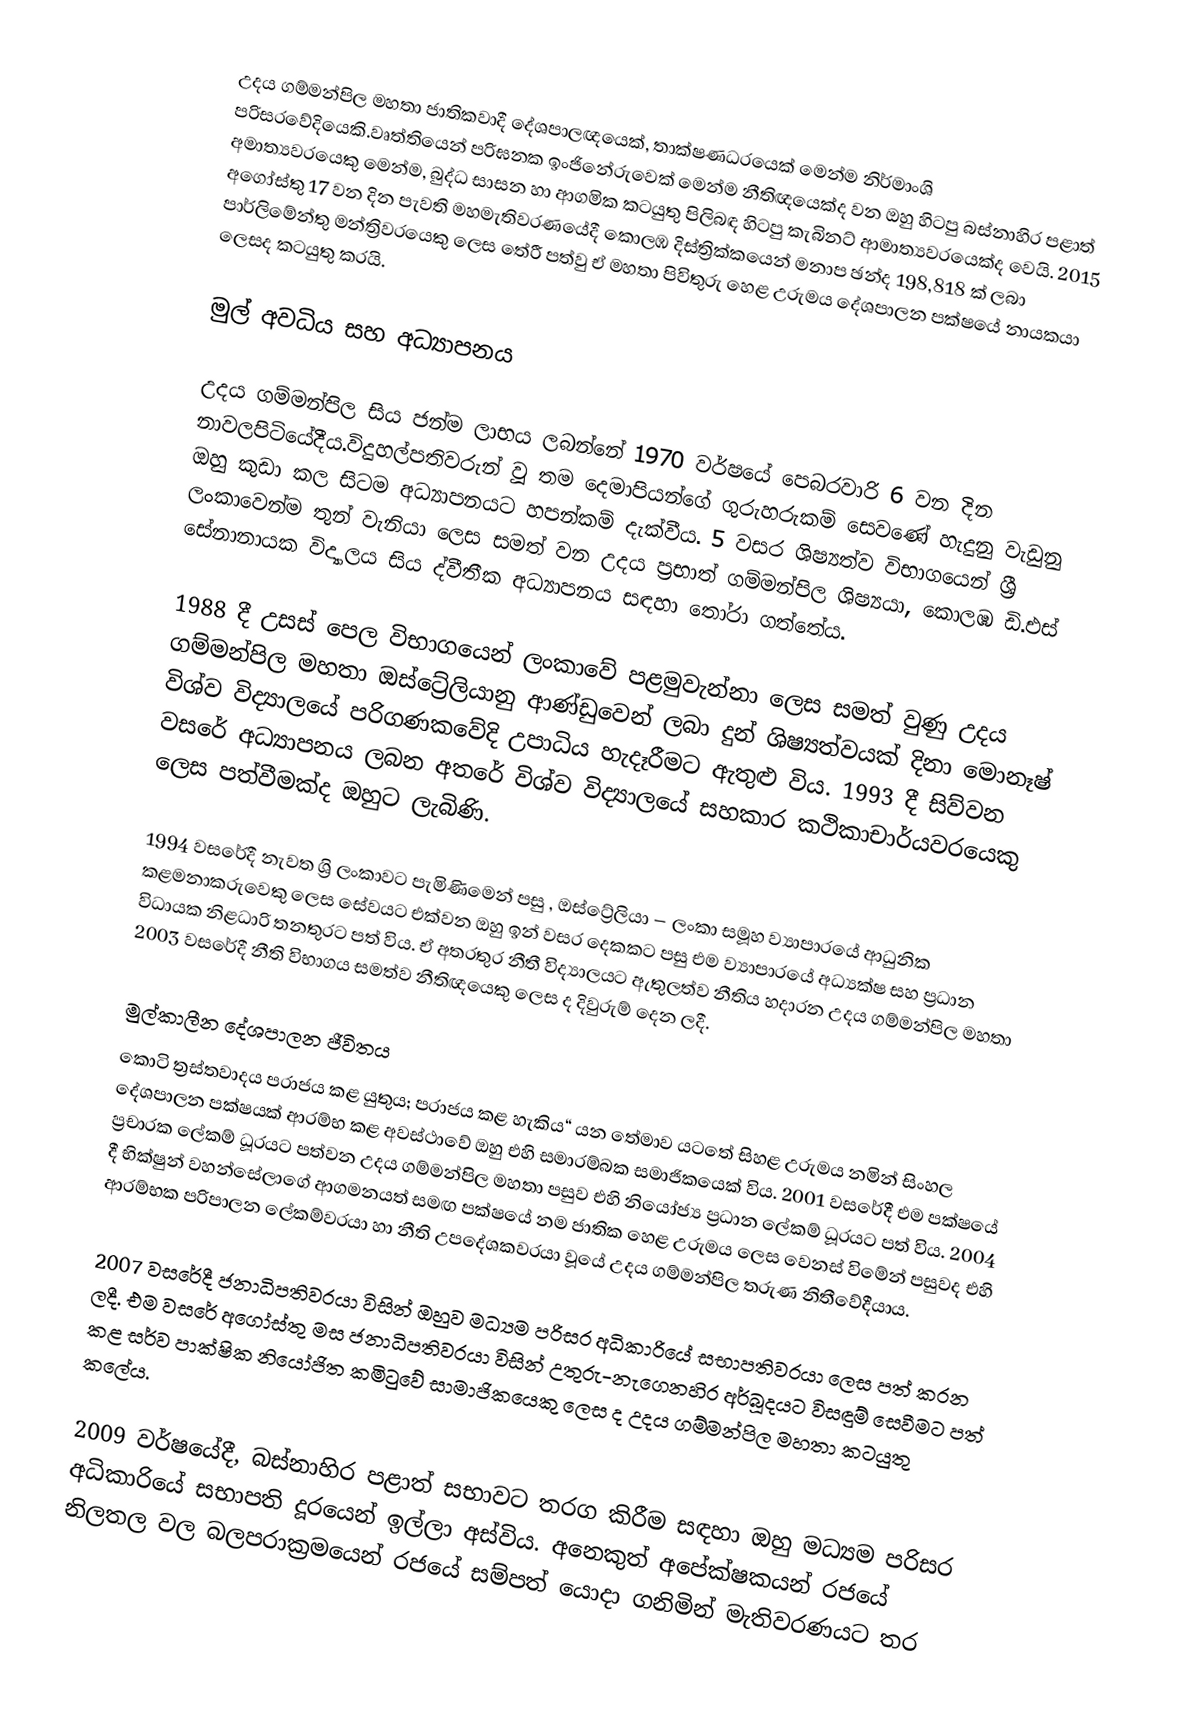
උදය ගම්මන්පිල මහතා ජාතිකවාදී දේශපාලඥයෙක්, තාක්ෂණධරයෙක් මෙන්ම නිර්මාංශි පරිසරවේදියෙකි.වෘත්තියෙන් පරිඝනක ඉංජිනේරුවෙක් මෙන්ම නීතිඥයෙක්ද වන ඔහු හිටපු බස්නාහිර පළාත් අමාත්‍යවරයෙකු මෙන්ම, බුද්ධ සාසන හා ආගමික කටයුතු පිලිබඳ හිටපු කැබිනට් ආමාත්‍යවරයෙක්ද වෙයි. 2015 අගෝස්තු 17 වන දින පැවති මහමැතිවරණයේදී කොලඹ දිස්ත්‍රික්කයෙන් මනාප ඡන්ද 198,818 ක් ලබා පාර්ලිමේන්තු මන්ත්‍රිවරයෙකු ලෙස තේරී පත්වු ඒ මහතා පිවිතුරු හෙළ උරුමය දේශපාලන පක්ෂයේ නායකයා ලෙසද කටයුතු කරයි.

මුල් අවධිය සහ අධ්‍යාපනය

උදය ගම්මන්පිල සිය ජන්ම ලාභය ලබන්නේ 1970 වර්ෂයේ පෙබරවාරි 6 වන දින නාවලපිටියේදීය.විදුහල්පතිවරුන් වූ තම දෙමාපියන්ගේ ගුරුහරුකම් සෙවණේ හැදුනු වැඩුනු ඔහු කුඩා කල සිටම අධ්‍යාපනයට හපන්කම් දැක්වීය. 5 වසර ශිෂ්‍යත්ව විභාගයෙන් ශ්‍රී ලංකාවෙන්ම තුන් වැනියා ලෙස සමත් වන උදය ප්‍රභාත් ගම්මන්පිල ශිෂ්‍යයා, කොලඹ ඩි.එස් සේනානායක විද්‍යාලය සිය ද්වීතීක අධ්‍යාපනය සඳහා තෝරා ගත්තේය.

1988 දී උසස් පෙල විභාගයෙන් ලංකාවේ පළමුවැන්නා ලෙස සමත් වුණු උදය ගම්මන්පිල මහතා ඔස්ට්‍රේලියානු ආණ්ඩුවෙන් ලබා දුන් ශිෂ්‍යත්වයක් දිනා මොනෑෂ් විශ්ව විද්‍යාලයේ පරිගණකවේදි උපාධිය හැදෑරීමට ඇතුළු විය.  1993 දී සිව්වන වසරේ අධ්‍යාපනය ලබන අතරේ විශ්ව විද්‍යාලයේ සහකාර කථිකාචාර්යවරයෙකු ලෙස  පත්වීමක්ද ඔහුට ලැබිණි.

1994 වසරේදී නැවත ශ්‍රි ලංකාවට පැමිණිමෙන් පසු , ඔස්ට්‍රේලියා – ලංකා සමූහ ව්‍යාපාරයේ ආධුනික කළමනාකරුවෙකු ලෙස සේවයට එක්වන ඔහු ඉන් වසර දෙකකට පසු එම ව්‍යාපාරයේ අධ්‍යක්ෂ සහ ප්‍රධාන විධායක නිළධාරි තනතුරට පත් විය.  ඒ අතරතුර නීතී විද්‍යාලයට ඇතුලත්ව නීතිය හදාරන උදය ගම්මන්පිල මහතා 2003 වසරේදී නීති විභාගය සමත්ව නීතිඥයෙකු ලෙස ද දිවුරුම් දෙන ලදී.

මුල්කාලීන දේශපාලන ජීවිතය
කොටි ත්‍රස්තවාදය පරාජය කළ යුතුය; පරාජය කළ හැකිය“  යන තේමාව යටතේ සිහළ උරුමය නමින් සිංහල දේශපාලන පක්ෂයක් ආරම්භ කළ අවස්ථාවේ ඔහු එහි සමාරම්බක සමාජිකයෙක් විය.  2001 වසරේදී එම පක්ෂයේ ප්‍රචාරක ලේකම් ධූරයට පත්වන උදය ගම්මන්පිල මහතා පසුව එහි  නියෝජ්‍ය ප්‍රධාන ලේකම් ධූරයට පත් විය.  2004 දී භික්ෂුන් වහන්සේලාගේ ආගමනයත් සමඟ  පක්ෂයේ නම  ජාතික හෙළ උරුමය ලෙස වෙනස් විමේන් පසුවද  එහි ආරම්භක පරිපාලන ලේකම්වරයා හා නීති උපදේශකවරයා  වූයේ උදය ගම්මන්පිල තරුණ නිතීවේදීයාය.

2007 වසරේදී ජනාධිපතිවරයා විසින් ඔහුව මධ්‍යම පරිසර අධිකාරියේ සභාපතිවරයා ලෙස පත් කරන ලදී. එම වසරේ අගෝස්තු මස ජනාධිපතිවරයා විසින් උතුරු-නැගෙනහිර අර්බූදයට විසඳුම් සෙවීමට පත් කළ සර්ව පාක්ෂික නියෝජිත කමිටුවේ සාමාජිකයෙකු ලෙස ද උදය ගම්මන්පිල මහතා කටයුතු කලේය.

2009 වර්ෂයේදී, බස්නාහිර පළාත් සභාවට තරග කිරීම සඳහා ඔහු මධ්‍යම පරිසර අධිකාරියේ සභාපති දූරයෙන් ඉල්ලා අස්විය. අනෙකුත් අපේක්ෂකයන් රජයේ නිලතල වල බලපරාක්‍රමයෙන් රජයේ සම්පත් යොදා ගනිමින්   මැතිවරණයට  තර